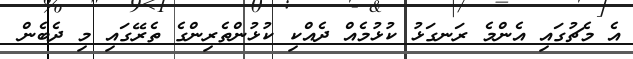
އެ މެޗުގައި އެންމެ ރަނގަޅު ކުޅުމެއް ދެއްކި ކުޅުންތެރިންގެ ތެރޭގައި މި ދެބެން